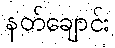
နတ်ချောင်း